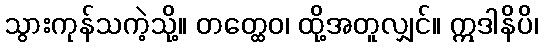
သွားကုန်သကဲ့သို့။ တတ္ထေဝ၊ ထို့အတူလျှင်။ ဣဒါနိပိ၊